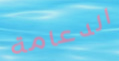
الدعامة